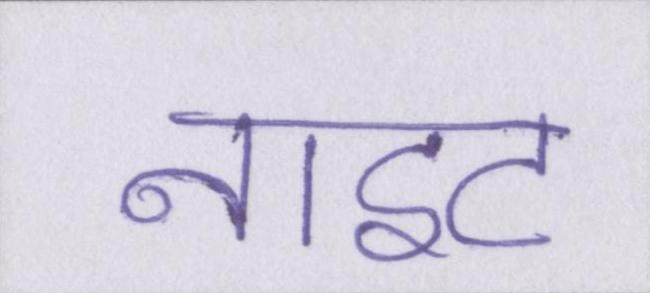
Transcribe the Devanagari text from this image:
नाइट